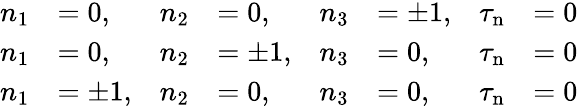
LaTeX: {\begin{array}{rlrlrlrl}{n_{1}}&{=0,}&{n_{2}}&{=0,}&{n_{3}}&{=\pm 1,}&{\tau_{\mathrm{n}}}&{=0}\\ {n_{1}}&{=0,}&{n_{2}}&{=\pm 1,}&{n_{3}}&{=0,}&{\tau_{\mathrm{n}}}&{=0}\\ {n_{1}}&{=\pm 1,}&{n_{2}}&{=0,}&{n_{3}}&{=0,}&{\tau_{\mathrm{n}}}&{=0}\end{array}}